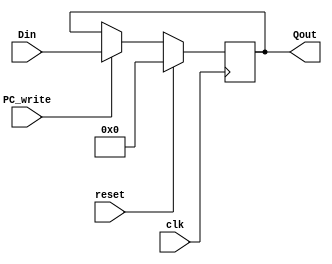
module Pc(clk,reset,PC_write,Din,Qout);

input clk,reset ,PC_write ;
input [31:0] Din ;
output [31:0] Qout ;

reg [31:0] QoutReg ;

initial begin
	QoutReg <= 0;
end 

always@(posedge clk) begin
 if(reset)
	QoutReg <= 32'd0 ;
 else if(PC_write)
	QoutReg <= Din;
 else 
	QoutReg <= QoutReg ;
 end
 
 assign Qout = QoutReg ;
 
 
endmodule